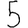
Digit: 5